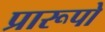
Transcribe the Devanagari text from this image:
प्रारूपो